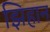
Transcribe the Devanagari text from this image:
झिहान